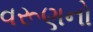
વરૂણનો